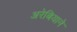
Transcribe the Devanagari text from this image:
अरेबियाने